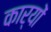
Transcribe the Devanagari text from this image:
कार्याें